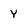
Character: Y